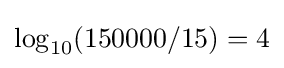
\log _{10}(150000/15)=4